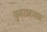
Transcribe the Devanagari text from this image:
पुनरावत्र्तक